Civil Veterinary Dept. Bombay admin report 1893-99 - 1893-1899
Year: 1893
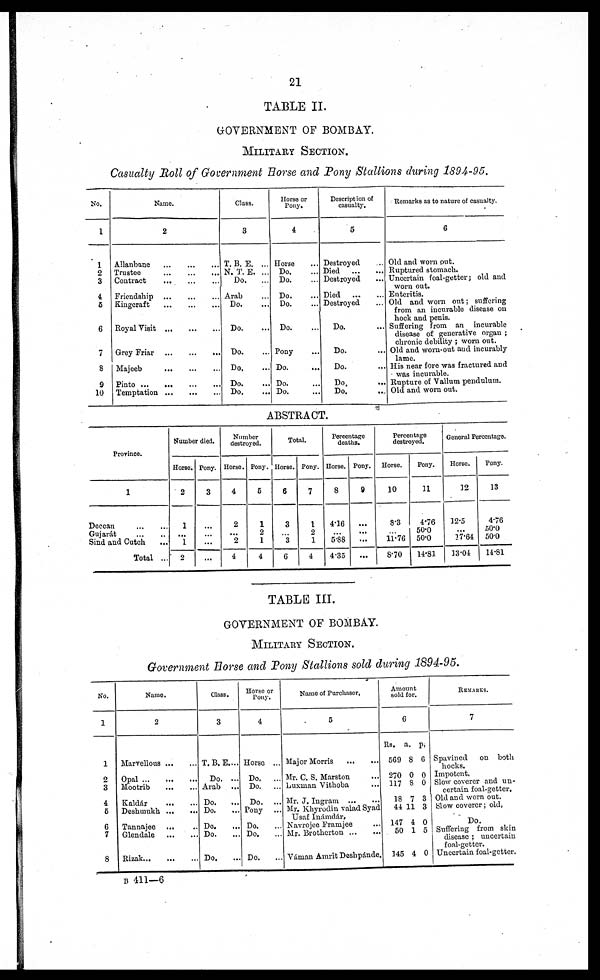
21
TABLE II.
GOVERNMENT OF BOMBAY.
MILITARY SECTION.
Casualty Roll of Government Horse and Pony Stallions during 1894-95.
No.
1
1
2
3
4
5
6
7
8
9
10
Name.
2
Allanbane
...
...
...
Trustee
...
...
...
Contact
...
...
...
Friendship
...
...
...
Kingcraft
...
...
...
Royal Visit
...
...
...
Grey Friar
...
...
...
Majeeb
...
...
...
Pinto
...
...
...
Temptation
...
...
...
Class.
3
T. B. E. ...
N. T. E. ...
Do.
...
Arab ...
Do. ...
Do. ...
Do. ...
Do. ...
Do. ...
Do. ...
Horse or
Pony.
4
Horse ...
Do. ...
Do. ...
Do. ...
Do. ...
Do. ...
Pony ...
Do. ...
Do. ...
Do. ...
Description of
casualty.
5
Destroyed ...
Died
...
...
Destroyed ...
Died
...
...
Destroyed ...
Do. ...
Do. ...
Do. ...
Do. ...
Do. ...
Remarks as to nature of casualty.
6
Old and worn out.
Ruptured stomach.
Uncertain foal-getter; old and
worn out.
Enteritis.
Old and worn ont; suffering
from an incurable disease on
hock and penis.
Suffering from an
incurable
disease of generative organ ;
chronic debility ; worn out.
Old and worn-out and incurably
lame.
His near fore was fractured and
was incurable.
Rupture of Vallum pendulum.
Old and worn out.
ABSTRACT.
Province.
1
Deccan
...
...
Gujarat
...
...
Sind and Cutch ...
Total ...
Number died.
Horse.
2
1
...
1
2
Pony.
3
...
...
...
...
Number
destroyed.
Horse.
4
2
...
2
4
Pony.
5
1
2
1
4
Total.
Horse.
6
3
...
3
6
Pony.
7
1
2
1
4
Percentage
deaths.
Horse.
8
4.16
...
5.88
4.35
Pony.
9
...
...
...
...
Percentage
destroyed.
Horse.
10
8.3
...
11.76
8.70
Pony.
31
4.76
50.0
50.0
14.81
General Percentage.
Horse.
12
32.5
...
37.64
33.04
Pony.
13
4.76
50.0
500
14.81
TABLE III.
GOVERNMENT OF BOMBAY.
MILITARY SECTION.
Government Horse and Tony Stallions sold during 1894-95.
No.
1
1
2
3
4
5
6
7
8
Name.
2
Marvellous
...
...
Opal
...
...
Mootrib
...
...
Kaldar
...
...
Deshmukh
...
...
Tannajee ... ...
Glendale
...
...
Rizak
...
...
Class.
3
T.B.E....
Do. ...
Arab ...
Do.
...
Do. ...
Do. ...
Do. ...
Do. ...
Horse or
Pony.
4
Horse ...
Do.
...
Do.
...
Do.
...
Pony ...
Do. ...
Do. ...
Do. ...
Name of Purchaser,
5
Major Morris ... ...
Mr. C. S. Marston ...
Luxnian Vithoba ...
Mr. J. Ingram
...
...
Mr. Khyrodin valad Syad
Usaf Inámdár,
Navrojee Framjee ...
Mr. Brotherton
...
...
Váman Amrit Deshpánde.
Am
sold
Rs.
569
270
317
18
44
147
50
345
ount
for.
6
a.
8
0
8
7
11
4
1
4
p.
6
0
0
3
3
0
5
0
REMARKS.
7
Spavined
on
both
hocks.
Impotent.
Slow coverer and un-
certain foal-getter.
Old and worn out.
Slow coverer; old,
Do.
Suffering from skin
disease ; uncertain
foal-getter.
Uncertain foal-getter.
B 411—6